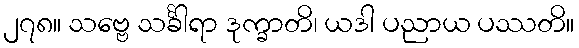
၂၇၈။ သဗ္ဗေ သင်္ခါရာ ဒုက္ခာတိ၊ ယဒါ ပညာယ ပဿတိ။